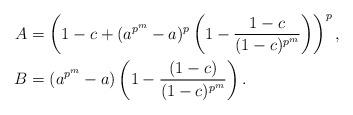
LaTeX: \begin{align*} A & = \left(1-c+(a^{p^m}-a)^p\left(1-\dfrac{1-c}{(1-c)^{p^m}}\right)\right)^p,\\ B & =(a^{p^m}-a)\left(1-\dfrac{(1-c)}{(1-c)^{p^m}}\right).\end{align*}